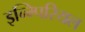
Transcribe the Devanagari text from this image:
इन्म्पिरियल